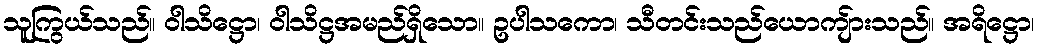
သူကြွယ်သည်။ ဝါသိဋ္ဌော၊ ဝါသိဋ္ဌအမည်ရှိသော။ ဥပါသကော၊ သီတင်းသည်ယောကျ်ားသည်။ အရိဋ္ဌော၊